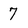
Character: 7